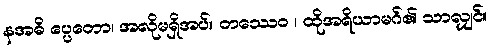
နအဓိ ပ္ပေတော၊ အလိုမရှိအပ်။ တဿေဝ ၊ ထိုအရိယာမဂ်၏ သာလျှင်။